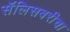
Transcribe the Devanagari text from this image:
सॅलिसबरीचा